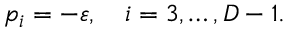
p _ { i } = - \varepsilon , \quad i = 3 , \ldots , D - 1 .